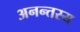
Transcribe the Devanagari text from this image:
अनन्तस्य